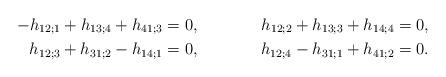
LaTeX: \begin{align*}-h_{12;1}+ h_{13;4}+h_{41;3} &= 0,& h_{12;2}+ h_{13;3}+h_{14;4} &= 0,\\h_{12;3}+ h_{31;2}-h_{14;1} &= 0,&h_{12;4}- h_{31;1}+h_{41;2} &= 0.\end{align*}